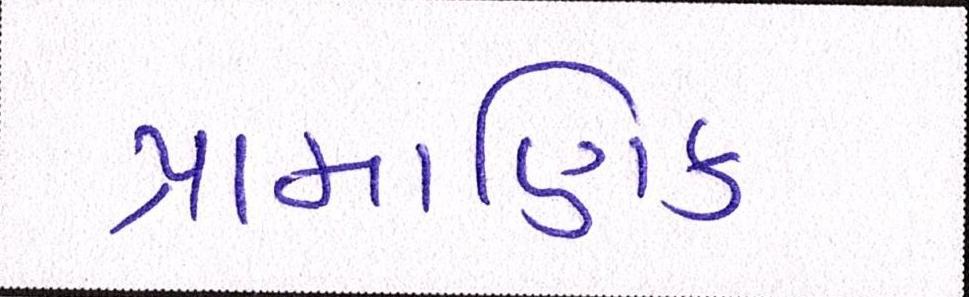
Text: પ્રામાણિક